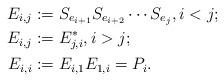
LaTeX: \begin{align*}E_{i,j}&:=S_{e_{i+1}} S_{e_{i+2}}\cdots S_{e_{j}}, i<j;\\E_{i,j}&:=E_{j,i}^*, i>j; ~\\E_{i,i}&:=E_{i,1}E_{1,i}=P_i.\end{align*}